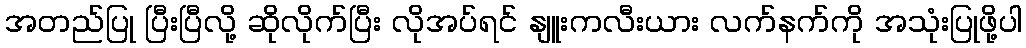
အတည်ပြု ပြီးပြီလို့ ဆိုလိုက်ပြီး လိုအပ်ရင် နျူးကလီးယား လက်နက်ကို အသုံးပြုဖို့ပါ